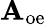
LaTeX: \mathbf{A}_{\mathrm{oe}}